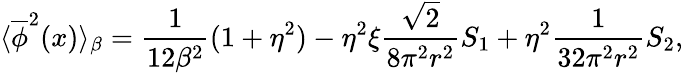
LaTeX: \langle\overline{{{\phi}}}^{2}(x)\rangle_{\beta}=\frac{1}{12\beta^{2}}(1+\eta^{2})-\eta^{2}\xi\frac{\sqrt{2}}{8\pi^{2}r^{2}}S_{1}+\eta^{2}\frac{1}{32\pi^{2}r^{2}}S_{2},